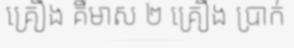
គ្រឿង គឺមាស ២ គ្រឿង ប្រាក់